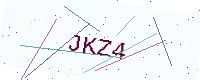
Text: JKZ4